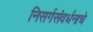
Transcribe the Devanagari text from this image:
निसर्गसंवर्धनाचे